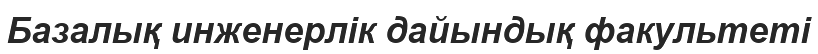
Базалық инженерлік дайындық факультеті